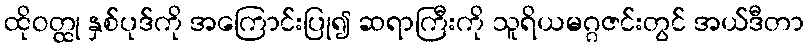
ထိုဝတ္ထု နှစ်ပုဒ်ကို အကြောင်းပြု၍ ဆရာကြီးကို သူရိယမဂ္ဂဇင်းတွင် အယ်ဒီတာ